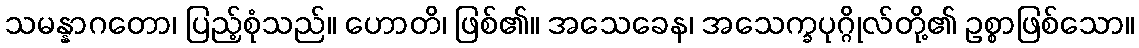
သမန္နာဂတော၊ ပြည့်စုံသည်။ ဟောတိ၊ ဖြစ်၏။ အသေခေန၊ အသေက္ခပုဂ္ဂိုလ်တို့၏ ဥစ္စာဖြစ်သော။